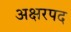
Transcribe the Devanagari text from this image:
अक्षरपद